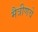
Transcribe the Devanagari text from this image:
मैत्रीणचे